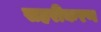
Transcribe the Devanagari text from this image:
सहरीकरण